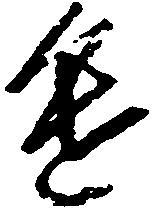
進